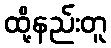
ထို့နည်းတူ